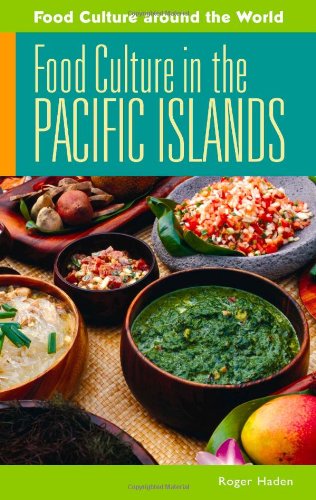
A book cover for Food Culture in the Pacific Islands (Food Culture around the World); Roger Haden; Cookbooks, Food & Wine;